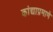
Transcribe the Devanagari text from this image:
कांद्याप्रमाणे